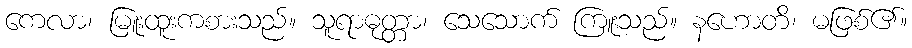
ကေလာ၊ မြူးထူးကစားသည်။ သူရာဓုတ္တာ၊ သေသောက် ကြူးသည်။ နဟောတိ၊ မဖြစ်၏။